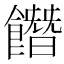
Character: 䭙